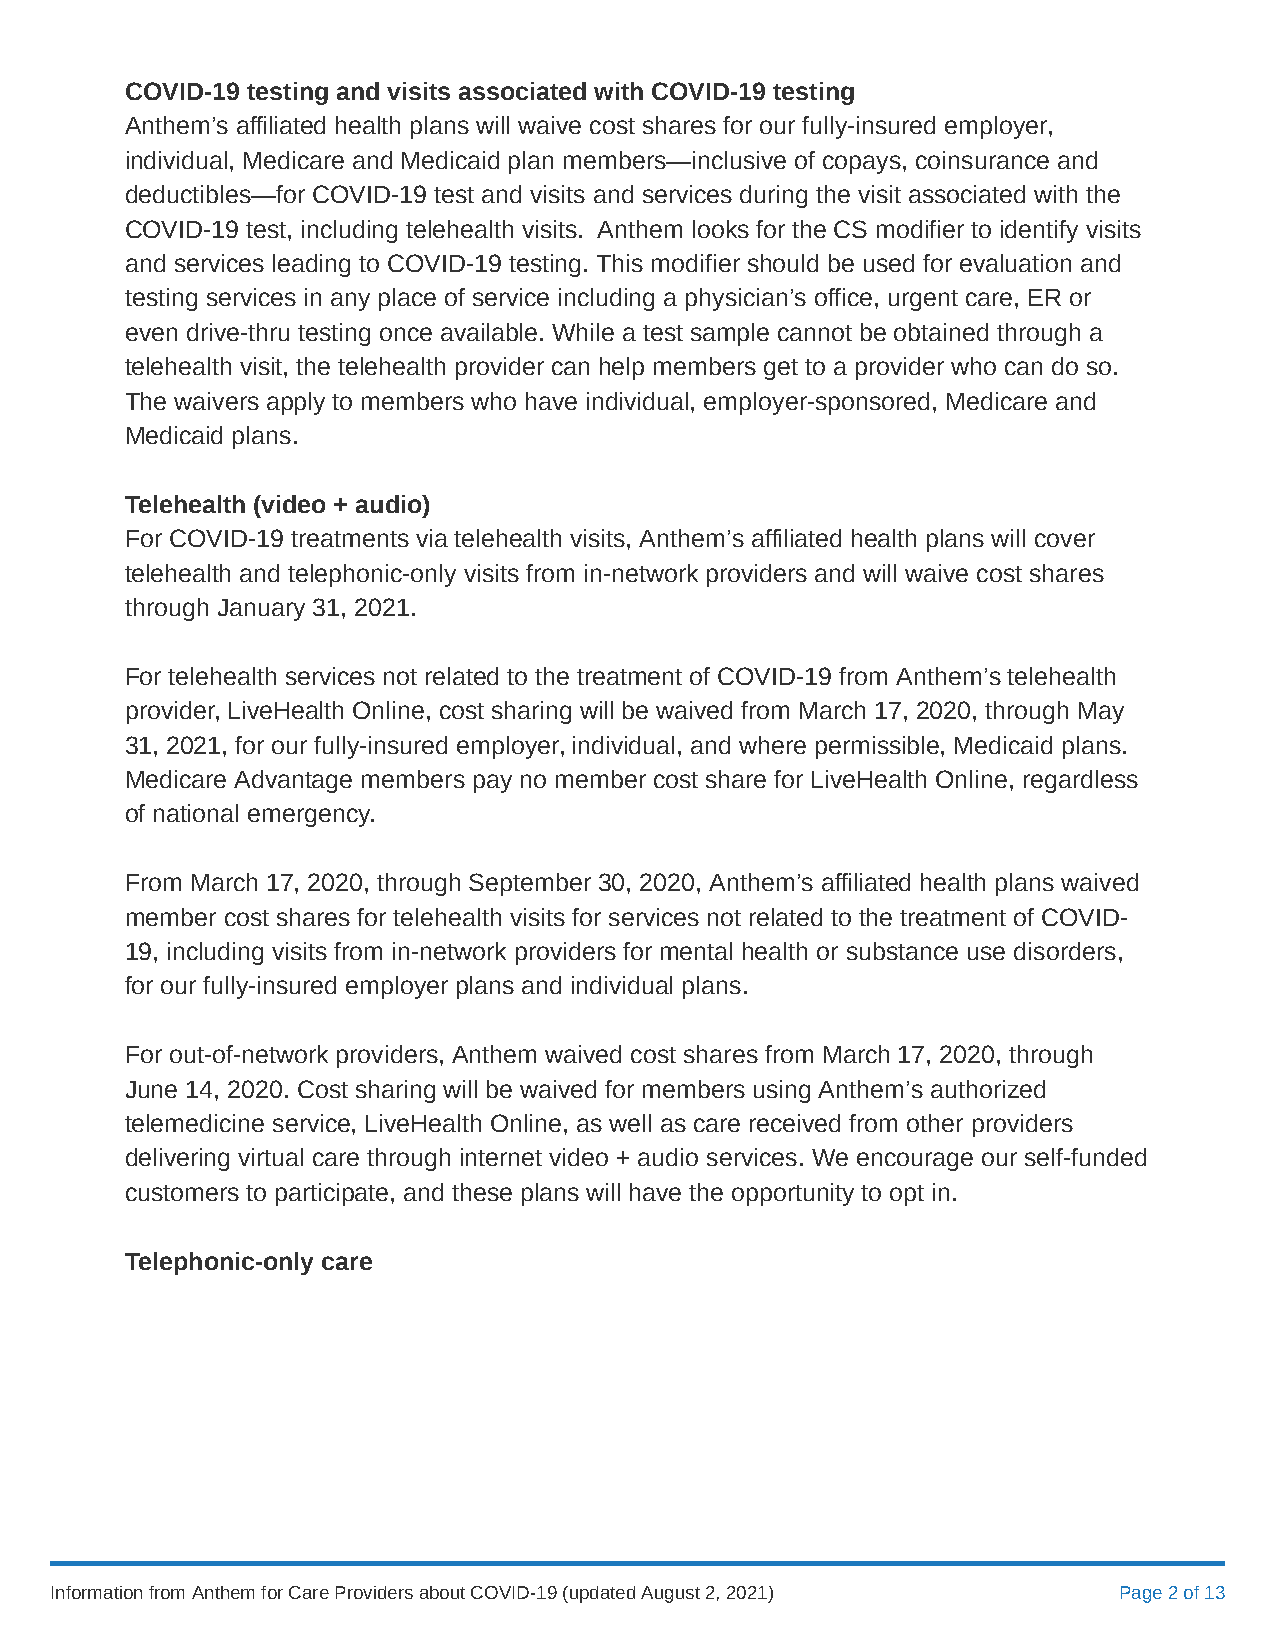
COVID-19 testing and visits associated with COVID-19 testing
 Anthem’s affiliated health plans will waive cost shares for our fully-insured employer,
 individual, Medicare and Medicaid plan members—inclusive of copays, coinsurance and
 deductibles—for COVID-19 test and visits and services during the visit associated with the
 COVID-19 test, including telehealth visits. Anthem looks for the CS modifier to identify visits
 and services leading to COVID-19 testing. This modifier should be used for evaluation and
 testing services in any place of service including a physician’s office, urgent care, ER or
 even drive-thru testing once available. While a test sample cannot be obtained through a
 telehealth visit, the telehealth provider can help members get to a provider who can do so.
 The waivers apply to members who have individual, employer-sponsored, Medicare and
 Medicaid plans.
 Telehealth (video + audio)
 For COVID-19 treatments via telehealth visits, Anthem’s affiliated health plans will cover
 telehealth and telephonic-only visits from in-network providers and will waive cost shares
 through January 31, 2021.
 For telehealth services not related to the treatment of COVID-19 from Anthem’s telehealth
 provider, LiveHealth Online, cost sharing will be waived from March 17, 2020, through May
 31, 2021, for our fully-insured employer, individual, and where permissible, Medicaid plans.
 Medicare Advantage members pay no member cost share for LiveHealth Online, regardless
 of national emergency.
 From March 17, 2020, through September 30, 2020, Anthem’s affiliated health plans waived
 member cost shares for telehealth visits for services not related to the treatment of COVID-
 19, including visits from in-network providers for mental health or substance use disorders,
 for our fully-insured employer plans and individual plans.
 For out-of-network providers, Anthem waived cost shares from March 17, 2020, through
 June 14, 2020. Cost sharing will be waived for members using Anthem’s authorized
 telemedicine service, LiveHealth Online, as well as care received from other providers
 delivering virtual care through internet video + audio services. We encourage our self-funded
 customers to participate, and these plans will have the opportunity to opt in.
 Telephonic-only care
 Information from Anthem for Care Providers about COVID-19 (updated August 2, 2021) Page 2 of 13